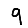
Digit: 9